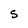
Character: S